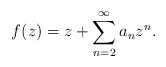
LaTeX: \begin{align*}f(z)= z+\sum_{n=2}^{\infty}a_n z^n.\end{align*}